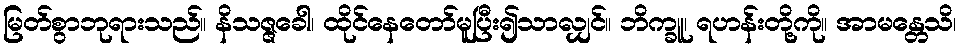
မြတ်စွာဘုရားသည်။ နိသဇ္ဇခေါ၊ ထိုင်နေတော်မူပြီး၍သာလျှင်။ ဘိက္ခူ၊ ရဟန်းတို့ကို။ အာမန္တေသိ၊